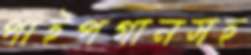
পাইপগানসহ